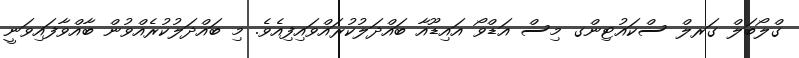
ގްލޯބަލް ގަރލް ސްކައުޓިންގ މިސް އަޑްވޯ އައިޑޫއާ ބައްދަލުކުރައްވައިފިއެވެ. މި ބައްދަލުކުރެއްވުން ބާއްވާފައިވަނީ